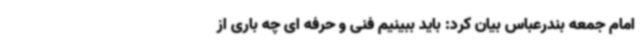
امام جمعه بندرعباس بیان کرد: باید ببینیم فنی و حرفه ای چه باری از